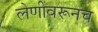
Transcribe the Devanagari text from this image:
लेणींवरूनच